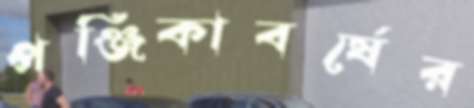
পঞ্জিকাবর্ষের